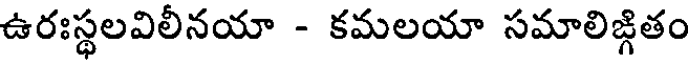
ఉరఃస్థలవిలీనయా - కమలయా సమాలిజ్గితం